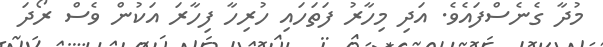
މުދާ ގެނެސްފައެވެ. އަދި މިހާރު ފަތަހައި ހުރިހާ ފިހާރަ އަކުން ވެސް ރޯދަ